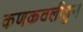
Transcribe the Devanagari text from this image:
कणकवलीहुन